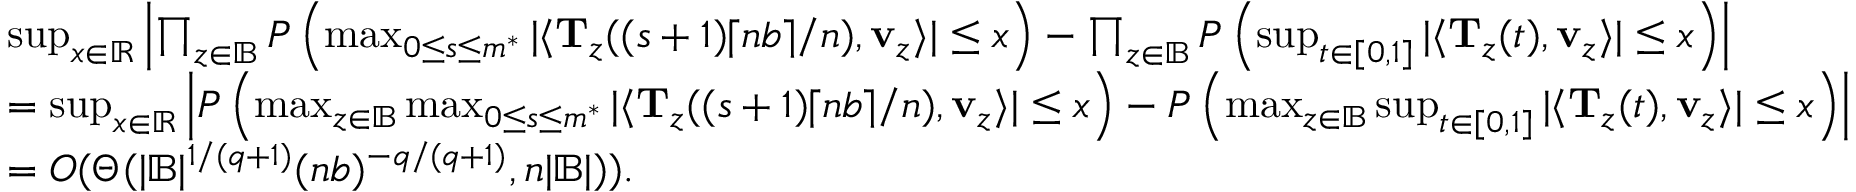
\begin{array} { r l } & { \operatorname* { s u p } _ { x \in \mathbb R } \left| \prod _ { z \in \mathbb { B } } P \left( \operatorname* { m a x } _ { 0 \leq s \leq m ^ { * } } | \langle \mathbf T _ { z } ( ( s + 1 ) \lceil n b \rceil / n ) , \mathbf v _ { z } \rangle | \leq x \right) - \prod _ { z \in \mathbb { B } } P \left( \operatorname* { s u p } _ { t \in [ 0 , 1 ] } | \langle \mathbf T _ { z } ( t ) , \mathbf v _ { z } \rangle | \leq x \right) \right| } \\ & { = \operatorname* { s u p } _ { x \in \mathbb R } \left| P \left( \operatorname* { m a x } _ { z \in \mathbb { B } } \operatorname* { m a x } _ { 0 \leq s \leq m ^ { * } } | \langle \mathbf T _ { z } ( ( s + 1 ) \lceil n b \rceil / n ) , \mathbf v _ { z } \rangle | \leq x \right) - P \left( \operatorname* { m a x } _ { z \in \mathbb { B } } \operatorname* { s u p } _ { t \in [ 0 , 1 ] } | \langle \mathbf T _ { z } ( t ) , \mathbf v _ { z } \rangle | \leq x \right) \right| } \\ & { = O ( \Theta ( | \mathbb { B } | ^ { 1 / ( q + 1 ) } ( n b ) ^ { - q / ( q + 1 ) } , n | \mathbb { B } | ) ) . } \end{array}